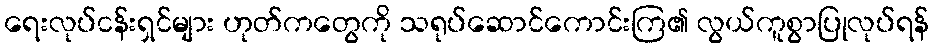
ရေးလုပ်ငန်းရှင်များ ဟုတ်ကတွေကို သရုပ်ဆောင်ကောင်းကြ၏ လွယ်ကူစွာပြုလုပ်ရန်